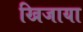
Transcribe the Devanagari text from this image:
खिजाया